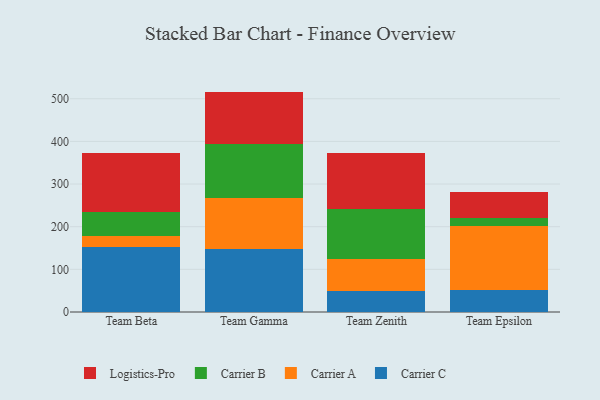
{"axis": {"x": "Team", "y": "Humidity (%)"}, "legend": ["Carrier A", "Carrier B", "Carrier C", "Logistics-Pro"], "data": [{"x": "Team Beta", "y": 152.5, "type": "Carrier C"}, {"x": "Team Beta", "y": 24.9, "type": "Carrier A"}, {"x": "Team Beta", "y": 56.1, "type": "Carrier B"}, {"x": "Team Beta", "y": 138.3, "type": "Logistics-Pro"}, {"x": "Team Gamma", "y": 147.0, "type": "Carrier C"}, {"x": "Team Gamma", "y": 119.1, "type": "Carrier A"}, {"x": "Team Gamma", "y": 127.3, "type": "Carrier B"}, {"x": "Team Gamma", "y": 123.3, "type": "Logistics-Pro"}, {"x": "Team Zenith", "y": 49.9, "type": "Carrier C"}, {"x": "Team Zenith", "y": 73.5, "type": "Carrier A"}, {"x": "Team Zenith", "y": 119.2, "type": "Carrier B"}, {"x": "Team Zenith", "y": 130.4, "type": "Logistics-Pro"}, {"x": "Team Epsilon", "y": 52.5, "type": "Carrier C"}, {"x": "Team Epsilon", "y": 148.6, "type": "Carrier A"}, {"x": "Team Epsilon", "y": 19.2, "type": "Carrier B"}, {"x": "Team Epsilon", "y": 60.1, "type": "Logistics-Pro"}]}